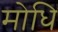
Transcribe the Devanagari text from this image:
मोधि